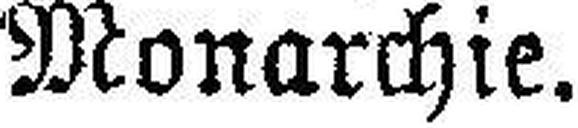
Monarchie.